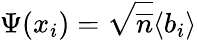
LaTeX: \Psi(x_{i})=\sqrt{\overline{{n}}}\langle b_{i}\rangle